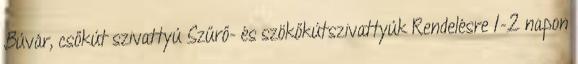
Búvár, csőkút szivattyú Szűrő- és szökőkútszivattyúk Rendelésre 1-2 napon